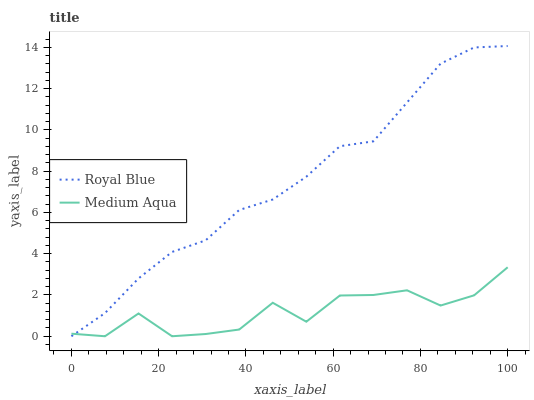
| xaxis_label | Royal Blue | Medium Aqua |
 | --- | --- | --- |
 | 0 | 0 | 0.124 |
 | 7.69 | 1.12 | 0 |
 | 15.4 | 2.8 | 1.1 |
 | 23.1 | 4.08 | 0 |
 | 30.8 | 4.65 | 0.108 |
 | 38.5 | 6.12 | 0.325 |
 | 46.2 | 6.63 | 1.62 |
 | 53.8 | 7.73 | 0.705 |
 | 61.5 | 9.21 | 1.97 |
 | 69.2 | 9.44 | 2 |
 | 76.9 | 11.3 | 2.23 |
 | 84.6 | 13.2 | 1.49 |
 | 92.3 | 14 | 1.98 |
 | 100 | 14.1 | 3.34 |